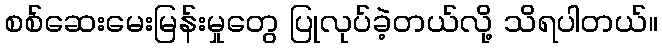
စစ်ဆေးမေးမြန်းမှုတွေ ပြုလုပ်ခဲ့တယ်လို့ သိရပါတယ်။